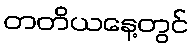
တတိယနေ့တွင်